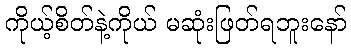
ကိုယ့်စိတ်နဲ့ကိုယ် မဆုံးဖြတ်ရဘူးနော်